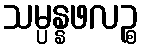
သမ္ပန္နဖလဉ္စ